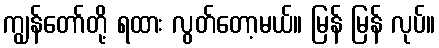
ကျွန်တော်တို့ ရထား လွတ်တော့မယ်။ မြန် မြန် လုပ်။